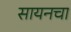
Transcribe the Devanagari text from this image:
सायनचा